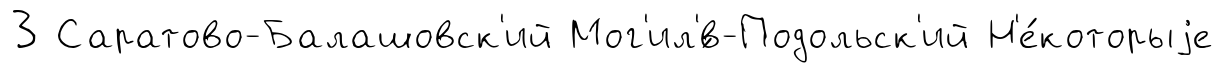
3 Саратово-Балашовск'ий Мог'ил'́в-Подольск'ий Н'е́которыjе